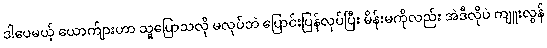
ဒါပေမယ့် ယောက်ျားဟာ သူပြောသလို မလုပ်ဘဲ ပြောင်းပြန်လုပ်ပြီး မိန်းမကိုလည်း အဲဒီလိုပဲ ကျူးလွန်